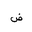
Letter: _dad